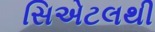
સિએટલથી